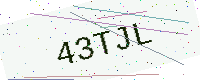
Text: 43TJL